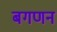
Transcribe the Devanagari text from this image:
बगणन